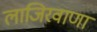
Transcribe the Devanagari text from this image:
लाजिरवाणा